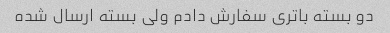
دو بسته باتری سفارش دادم ولی بسته ارسال شده